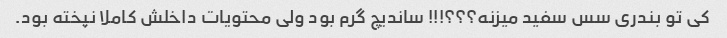
کی تو بندری سس سفید میزنه؟؟؟!!! ساندیچ گرم بود ولی محتویات داخلش کاملا نپخته بود.